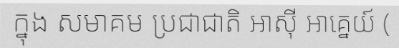
ក្នុង សមាគម ប្រជាជាតិ អាស៊ី អាគ្នេយ៍ (